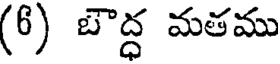
(6) బౌద్ధ మతము